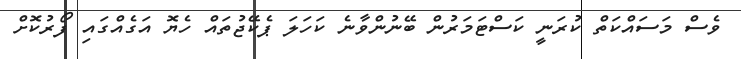
ވެސް މަސައްކަތް ކުރަނީ ކަސްޓަމަރުން ބޭނުންވާނެ ކަހަލަ ޕެކޭޖުތައް ހެޔޮ އަގެއްގައި ފޯރުކޮށް